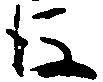
後